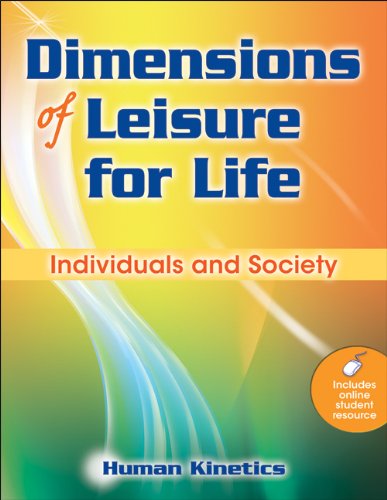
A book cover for Dimensions of Leisure for Life: Individuals and Society; Human Kinetics; Politics & Social Sciences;